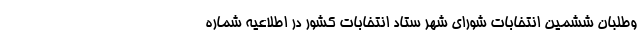
وطلبان ششمین انتخابات شورای شهر ستاد انتخابات کشور در اطلاعیه شماره